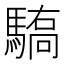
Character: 𱄫